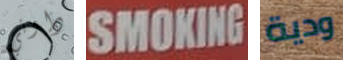
داوني SMOKING ودية